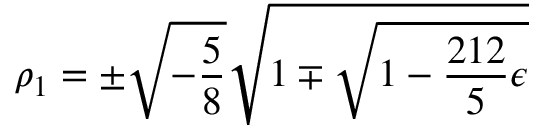
\rho _ { 1 } = \pm \sqrt { - \frac { 5 } { 8 \L } } \sqrt { 1 \mp \sqrt { 1 - \frac { 2 1 2 } { 5 } \L \epsilon } }